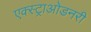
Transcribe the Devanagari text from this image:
एक्स्ट्राओडनरी